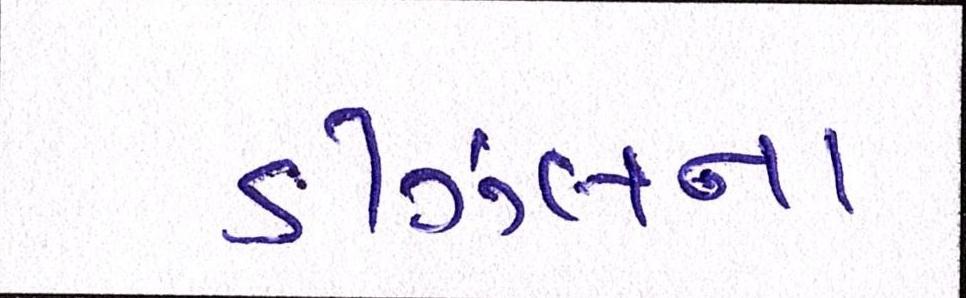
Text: ડીઝલના